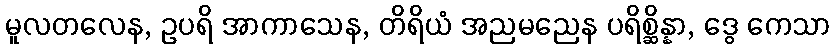
မူလတလေန, ဥပရိ အာကာသေန, တိရိယံ အညမညေန ပရိစ္ဆိန္နာ, ဒွေ ကေသာ